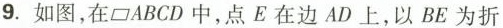
9. 如图，在 \parallelogram ABCD中，点E在边AD上，以BE为折